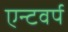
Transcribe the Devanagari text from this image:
एन्टवर्प